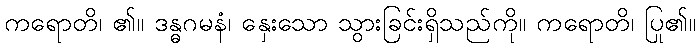
ကရောတိ၊ ၏။ ဒန္ဓဂမနံ၊ နှေးသော သွားခြင်းရှိသည်ကို။ ကရောတိ၊ ပြု၏။